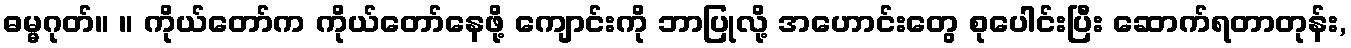
ဓမ္မဂုတ်။ ။ ကိုယ်တော်က ကိုယ်တော်နေဖို့ ကျောင်းကို ဘာပြုလို့ အဟောင်းတွေ စုပေါင်းပြီး ဆောက်ရတာတုန်း,